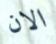
الان